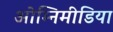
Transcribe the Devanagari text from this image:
ओम्‍निमीडिया